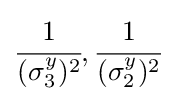
{\cfrac {1}{(\sigma _{3}^{y})^{2}}},{\cfrac {1}{(\sigma _{2}^{y})^{2}}}